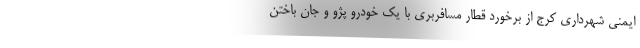
ایمنی شهرداری کرج از برخورد قطار مسافربری با یک خودرو پژو و جان باختن